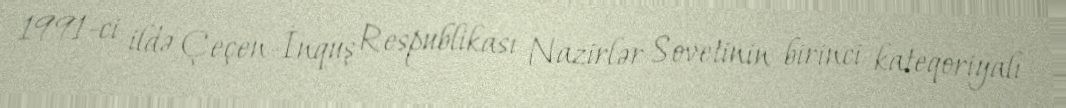
1991-ci ildə Çeçen-İnquş Respublikası Nazirlər Sovetinin birinci kateqoriyalı